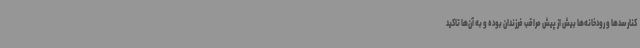
کنار سدها و رودخانه‌ها بیش از پیش مراقب فرزندان بوده و به آن‌ها تاکید